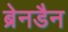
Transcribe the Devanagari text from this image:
ब्रेनडैन